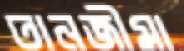
তানজীমা